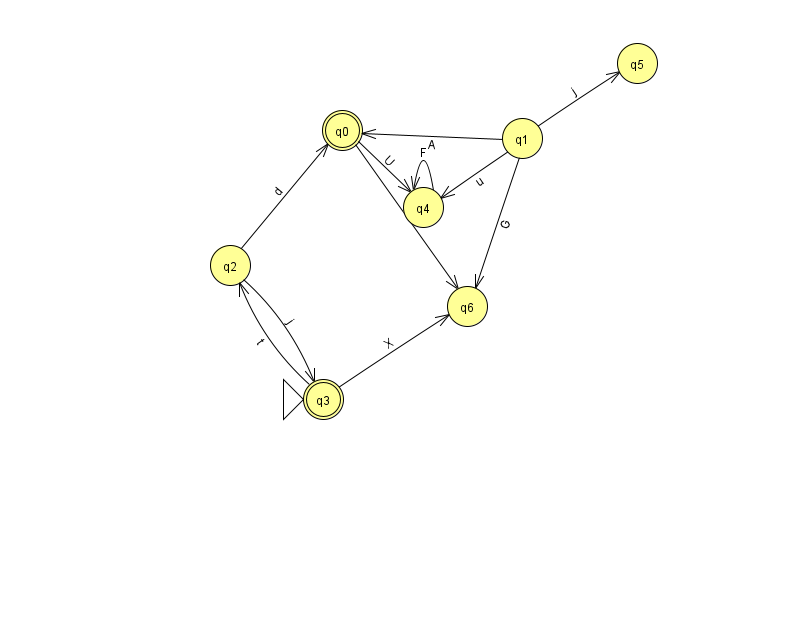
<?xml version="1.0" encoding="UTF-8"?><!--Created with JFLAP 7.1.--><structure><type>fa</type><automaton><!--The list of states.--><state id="0" name="q0"><x>342.0</x><y>117.0</y><final/></state><state id="1" name="q1"><x>522.0</x><y>125.0</y></state><state id="2" name="q2"><x>230.0</x><y>252.0</y></state><state id="3" name="q3"><x>323.0</x><y>386.0</y><initial/><final/></state><state id="4" name="q4"><x>423.0</x><y>194.0</y></state><state id="5" name="q5"><x>637.0</x><y>50.0</y></state><state id="6" name="q6"><x>467.0</x><y>293.0</y></state><!--The list of transitions.--><transition><from>1</from><to>0</to><read>A</read></transition><transition><from>2</from><to>3</to><read>j</read></transition><transition><from>1</from><to>5</to><read>j</read></transition><transition><from>3</from><to>6</to><read>X</read></transition><transition><from>4</from><to>4</to><read>F</read></transition><transition><from>1</from><to>4</to><read>u</read></transition><transition><from>2</from><to>0</to><read>d</read></transition><transition><from>0</from><to>4</to><read>U</read></transition><transition><from>0</from><to>6</to><read>C</read></transition><transition><from>1</from><to>6</to><read>G</read></transition><transition><from>3</from><to>2</to><read>t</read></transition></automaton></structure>